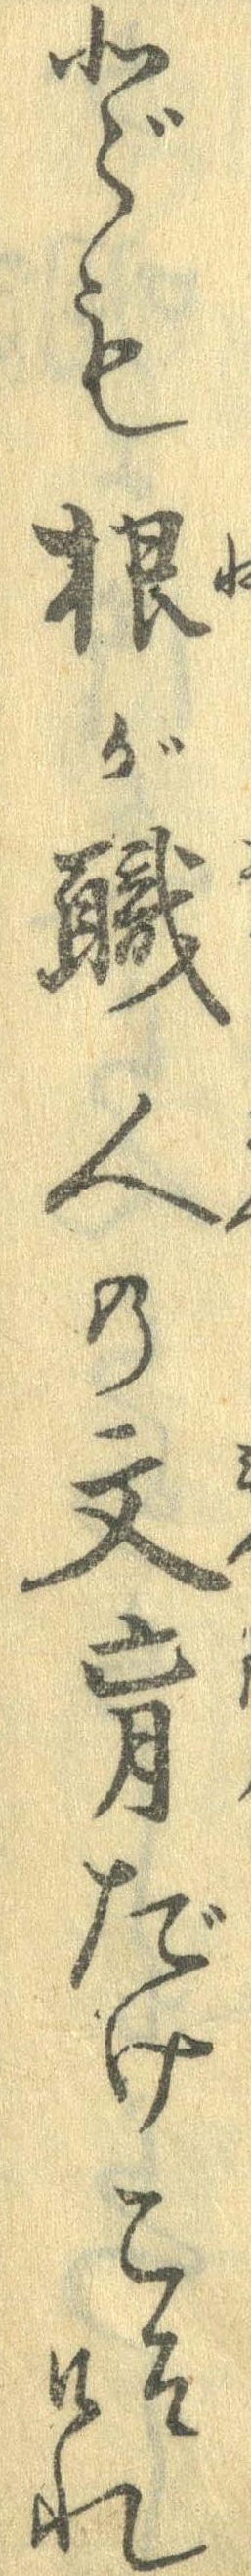
ども根が職人の文盲だけこそけれ